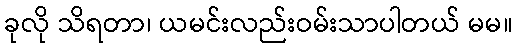
ခုလို သိရတာ၊ ယမင်းလည်းဝမ်းသာပါတယ် မမ။